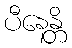
ပီနေန္တိ